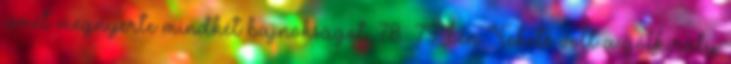
ismét megnyerte mindkét bajnokságot. 78 79-ben Fekete volt a gólkirály